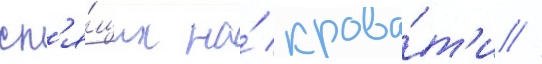
сп'я́щих на́ крова́т'и //